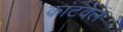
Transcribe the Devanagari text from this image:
कांटवेल